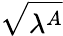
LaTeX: \sqrt{\lambda^{A}}